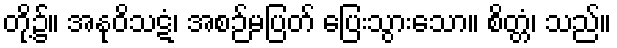
တို့၌။ အနုဝိသဋံ၊ အစဉ်မပြတ် ပြေးသွားသော။ စိတ္တံ၊ သည်။